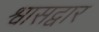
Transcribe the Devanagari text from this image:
श्वासद्वार